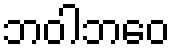
ဘဝါဘဝေ